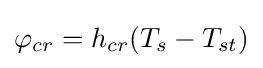
\varphi _{cr}=h_{cr}(T_{s}-T_{st})